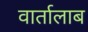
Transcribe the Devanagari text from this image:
वार्तालाब